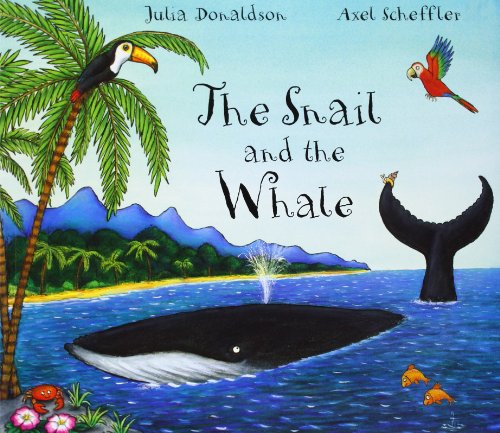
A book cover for The Snail and the Whale; Julia Donaldson; Children's Books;